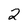
Character: 2